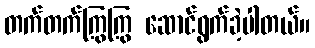
တက်တက်ကြွကြွ ဆောင်ရွက်ခဲ့ပါတယ်။